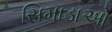
સિમાડાઓ